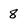
Character: 8